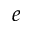
_ e